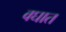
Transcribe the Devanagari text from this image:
वघात